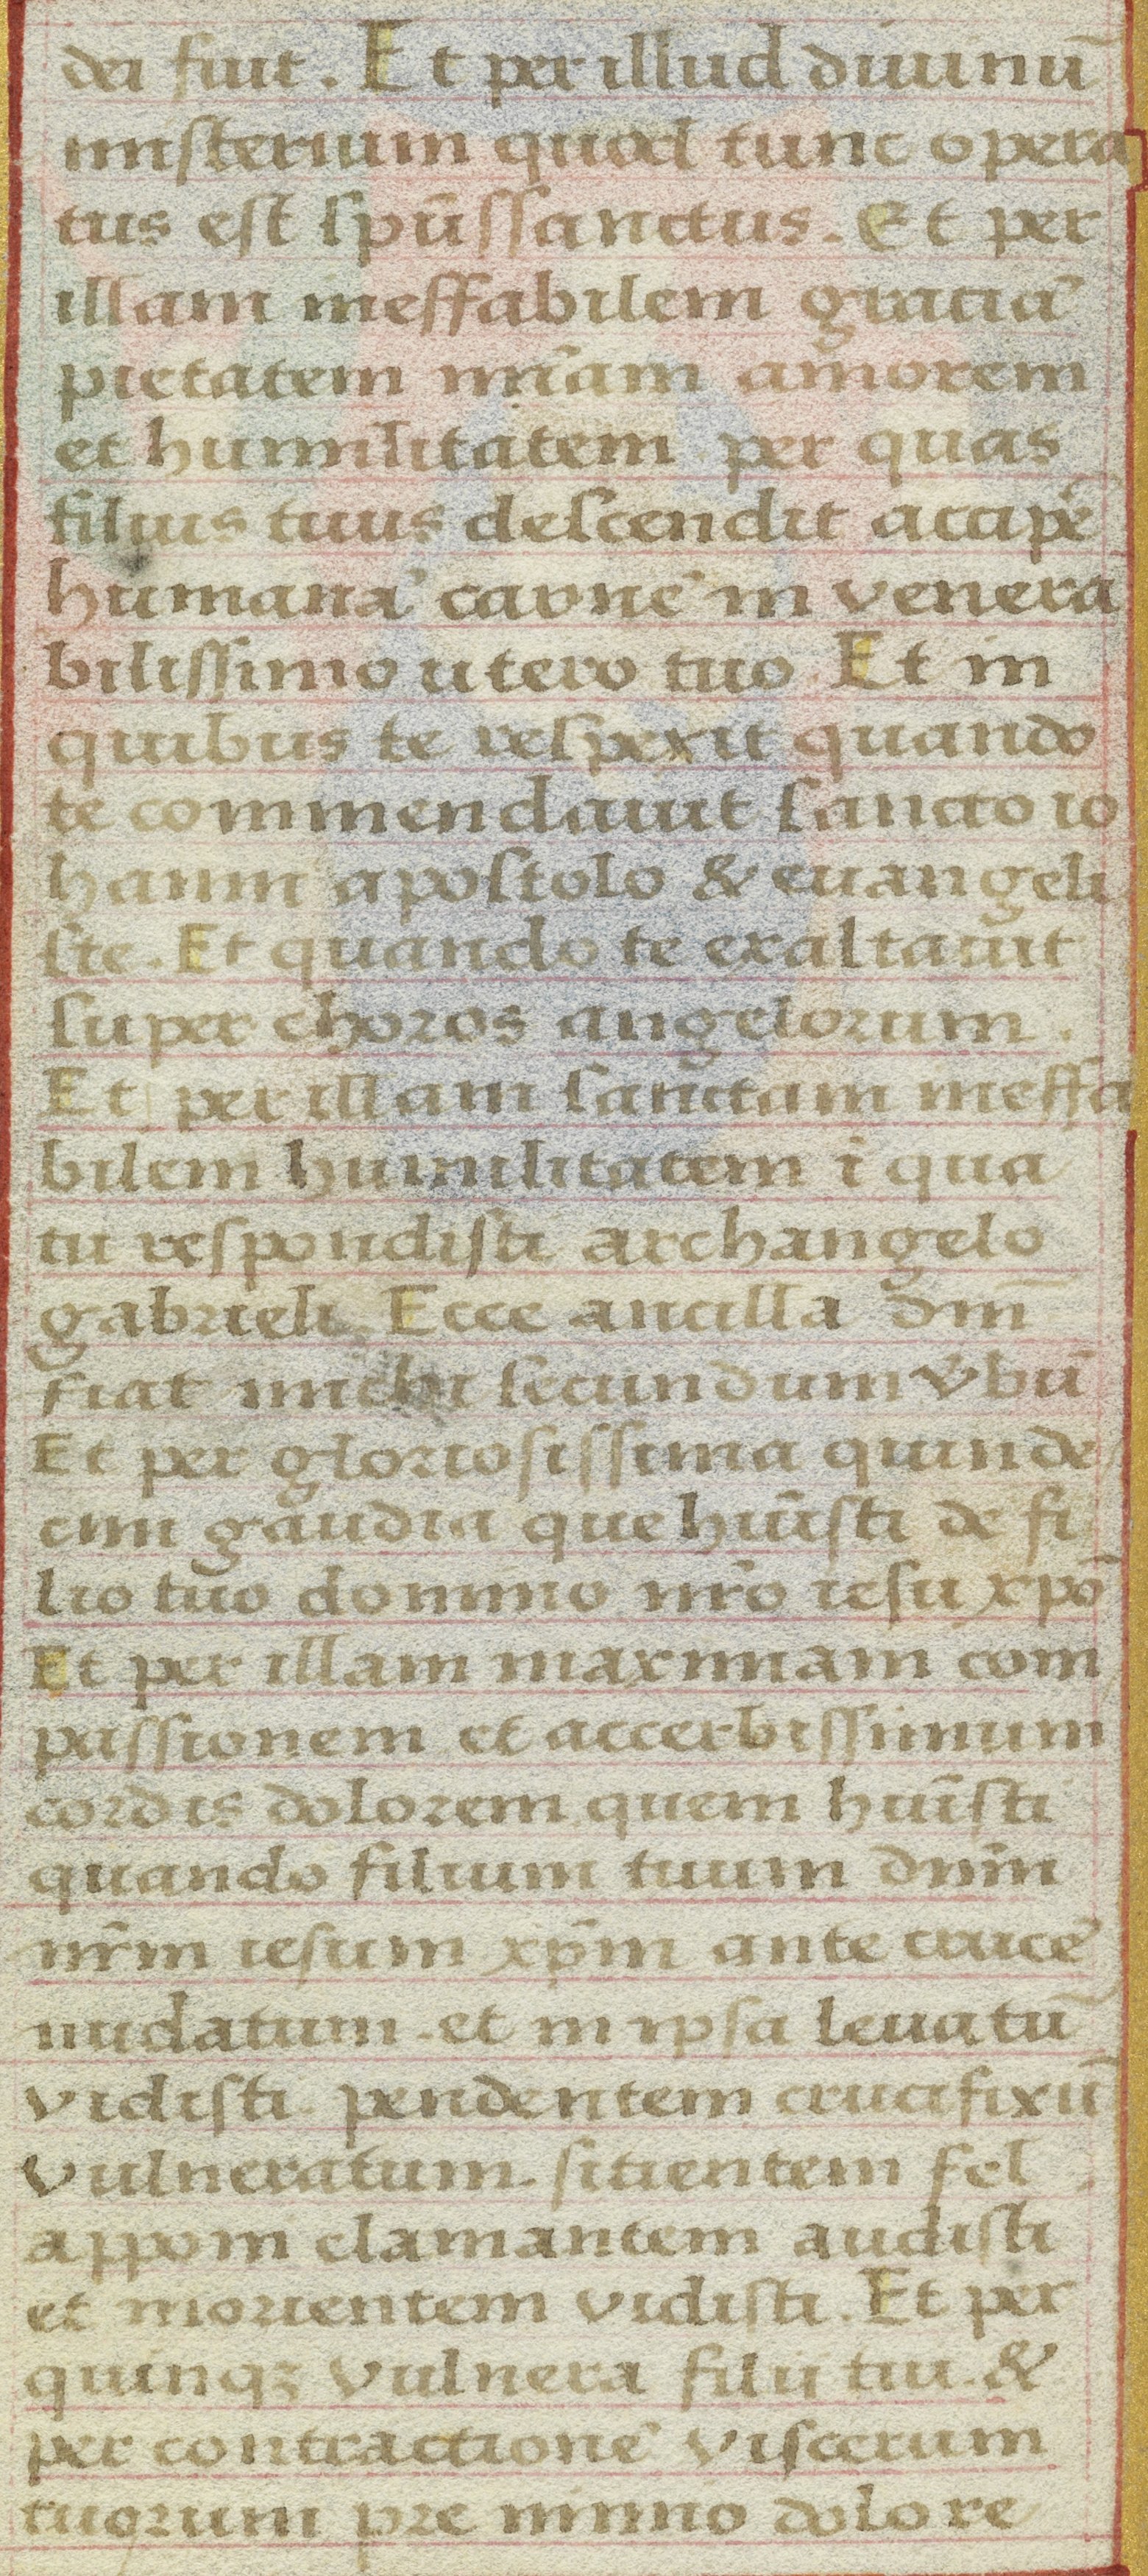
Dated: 1525–1549